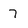
Character: 7